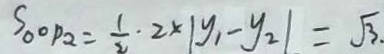
S _ { \Delta O P _ { 2 } } = \frac { 1 } { 2 } \cdot 2 \times \vert y _ { 1 } - y _ { 2 } \vert = \sqrt { 3 } .